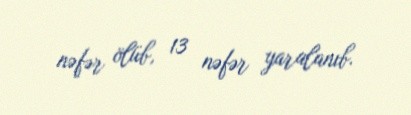
nəfər ölüb, 13 nəfər yaralanıb.